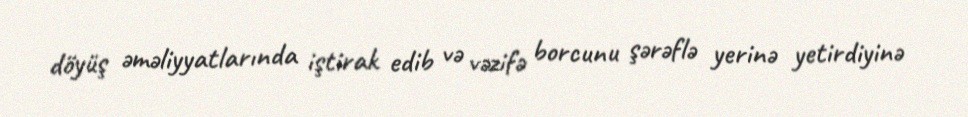
döyüş əməliyyatlarında iştirak edib və vəzifə borcunu şərəflə yerinə yetirdiyinə